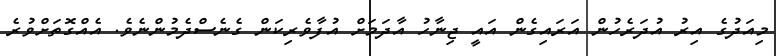
މިއަދުގެ އިރު އުދަރެހުން އަރައިގެން އައީ ޖިނާހު އާދަމަށް އުފާވެރިކަން ގެނެސްދެމުންނެވެ. އެއްގޮތަށްވުރެ